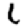
Digit: 6